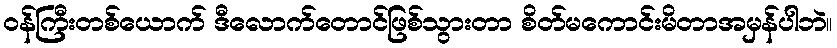
ဝန်ကြီးတစ်ယောက် ဒီလောက်တောင်ဖြစ်သွားတာ စိတ်မကောင်းမိတာအမှန်ပါဘဲ။